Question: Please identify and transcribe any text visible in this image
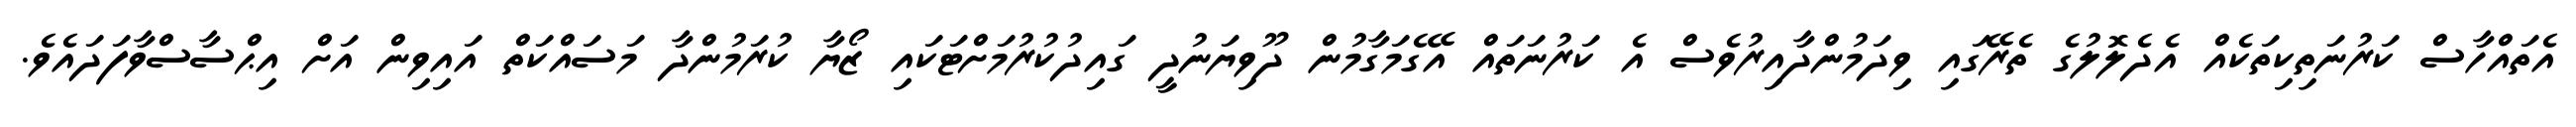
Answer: އެތައްހާސް ކަރުނަތިކިތަކެއް އެދެލޮލުގެ ތެރޭގައި ވިދަމުންދާއިރުވެސް އެ ކަރުނަތައް އޭގެމަގާމުން ދޫވިޔަނުދީ ގައިދުކުރުމަށްޓަކައި ޒޯޔާ ކުރަމުންދާ މަސައްކަތް އައިވިން އަށް އިޙްސާސްވާފަދައެވެ.